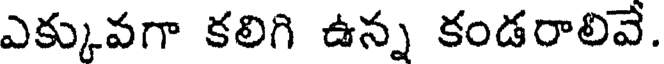
ఎక్కువగా కలిగి ఉన్న కండరాలివే.